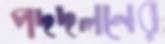
পদদলনের